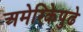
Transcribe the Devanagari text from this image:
अमेरिकेपुढे